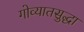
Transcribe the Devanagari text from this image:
गोव्यातसुद्धा